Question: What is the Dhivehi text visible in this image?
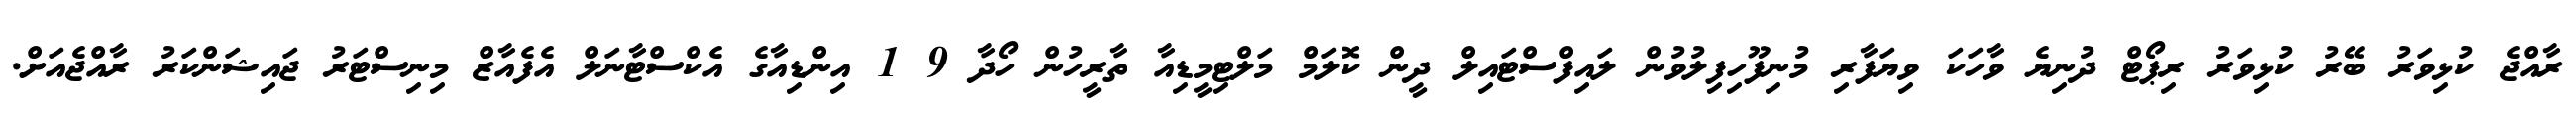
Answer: ރާއްޖެ ކުޅިވަރު ބޭރު ކުޅިވަރު ރިޕޯޓް ދުނިޔެ ވާހަކަ ވިޔަފާރި މުނިފޫހިފިލުވުން ލައިފްސްޓައިލް ދީން ކޮލަމް މަލްޓިމީޑިއާ ތާރީހުން ހޯދާ 9 1 އިންޑިއާގެ އެކްސްޓާނަލް އެފެއާޒް މިނިސްޓަރު ޖައިޝަންކަރު ރާއްޖެއަށް.